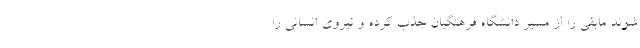
شوند مابقی را از مسیر دانشگاه فرهنگیان جذب کرده و نیروی انسانی را